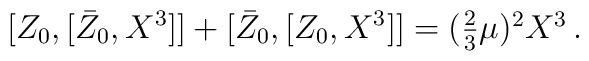
{}[Z_{0},[\bar{Z}_{0},X^{3}]]+[\bar{Z}_{0},[Z_{0},X^{3}]]=(\textstyle{\frac{2}{3}}\mu)^{2}X^{3}\,.